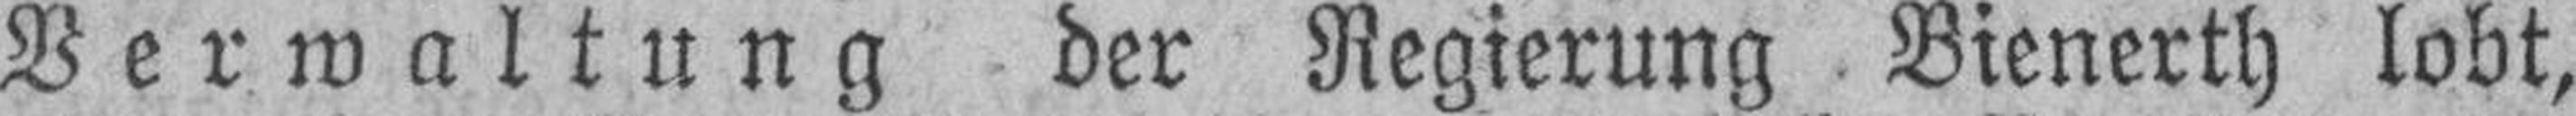
Verwaltung der Regierung Bienerth lobt,